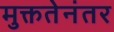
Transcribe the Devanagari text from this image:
मुक्ततेनंतर